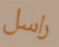
راسل